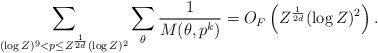
LaTeX: \begin{align*} \sum_{(\log Z)^9 < p \leq Z^{\frac{1}{2d}}(\log Z)^2} \sum_\theta \frac{1}{M(\theta, p^k)} = O_F \left(Z^{\frac{1}{2d}}(\log Z)^2 \right). \end{align*}